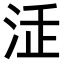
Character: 𣳴